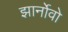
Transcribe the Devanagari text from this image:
झार्नोवो